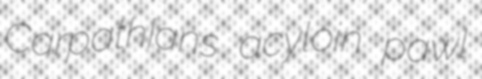
Carpathians acyloin pawl